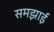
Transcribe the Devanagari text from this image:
समझाईं